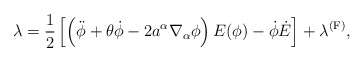
\begin{align*}\lambda = \frac{1}{2}\left[\left(\ddot\phi+\theta\dot\phi-2a^\alpha \nabla_\alpha\phi\right)E(\phi)-\dot\phi\dot{E}\right]+\lambda ^{\rm (F)},\end{align*}